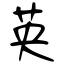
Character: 英